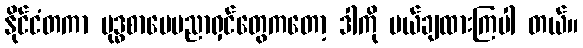
နိုင်ငံတကာ ဗုဒ္ဓစာပေပညာရှင်တွေကတော့ ဒါကို ပယ်ချထားကြပါ တယ်။